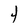
Character: 4